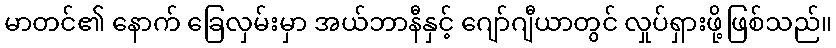
မာတင်၏ နောက် ခြေလှမ်းမှာ အယ်ဘာနီနှင့် ဂျော်ဂျီယာတွင် လှုပ်ရှားဖို့ဖြစ်သည်။